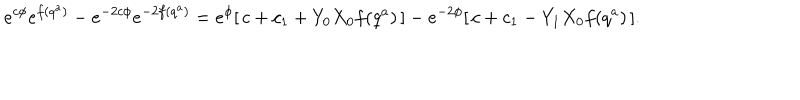
e ^ { c \phi } e ^ { f ( q ^ { a } ) } - e ^ { - 2 c \phi } e ^ { - 2 f ( q ^ { a } ) } = e ^ { \phi } [ \, c + c _ { 1 } + Y _ { 0 } X _ { 0 } f ( q ^ { a } ) \, ] - e ^ { - 2 \phi } [ \, c + c _ { 1 } - Y _ { 1 } X _ { 0 } f ( q ^ { a } ) \, ] .